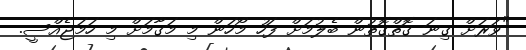
"ވަރަށް ގިނަ ގޮތްގޮތުން ބެލުމަށް ފަހު މޯހަން މި މަގާމަށް މި ހަމަޖެއްސީ.